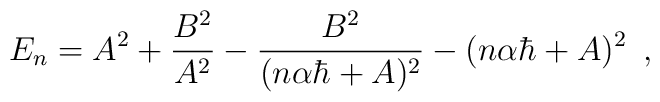
E_n = A^2 + \frac{B^2} {A^2} - \frac{B^2}{(n\alpha \hbar + A)^2 }            -(n\alpha \hbar + A)^2 \, \, \, ,